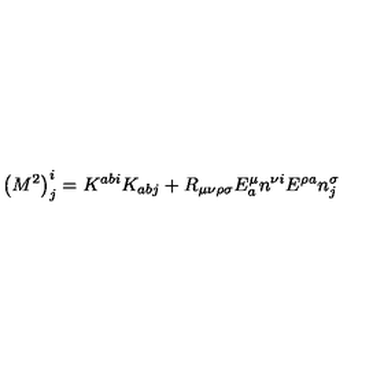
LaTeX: \left( M ^ { 2 } \right) _ { j } ^ { i } = K ^ { a b i } K _ { a b j } + R _ { \mu \nu \rho \sigma } E _ { a } ^ { \mu } n ^ { \nu i } E ^ { \rho a } n _ { j } ^ { \sigma }